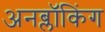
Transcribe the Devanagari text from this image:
अनब्लॉकिंग